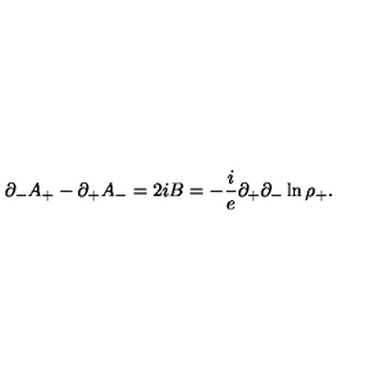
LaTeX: { \partial } _ { - } A _ { + } - { \partial } _ { + } A _ { - } = 2 i B = - { \frac { i } { e } } { \partial } _ { + } { \partial } _ { - } \ln { { \rho } _ { + } } .